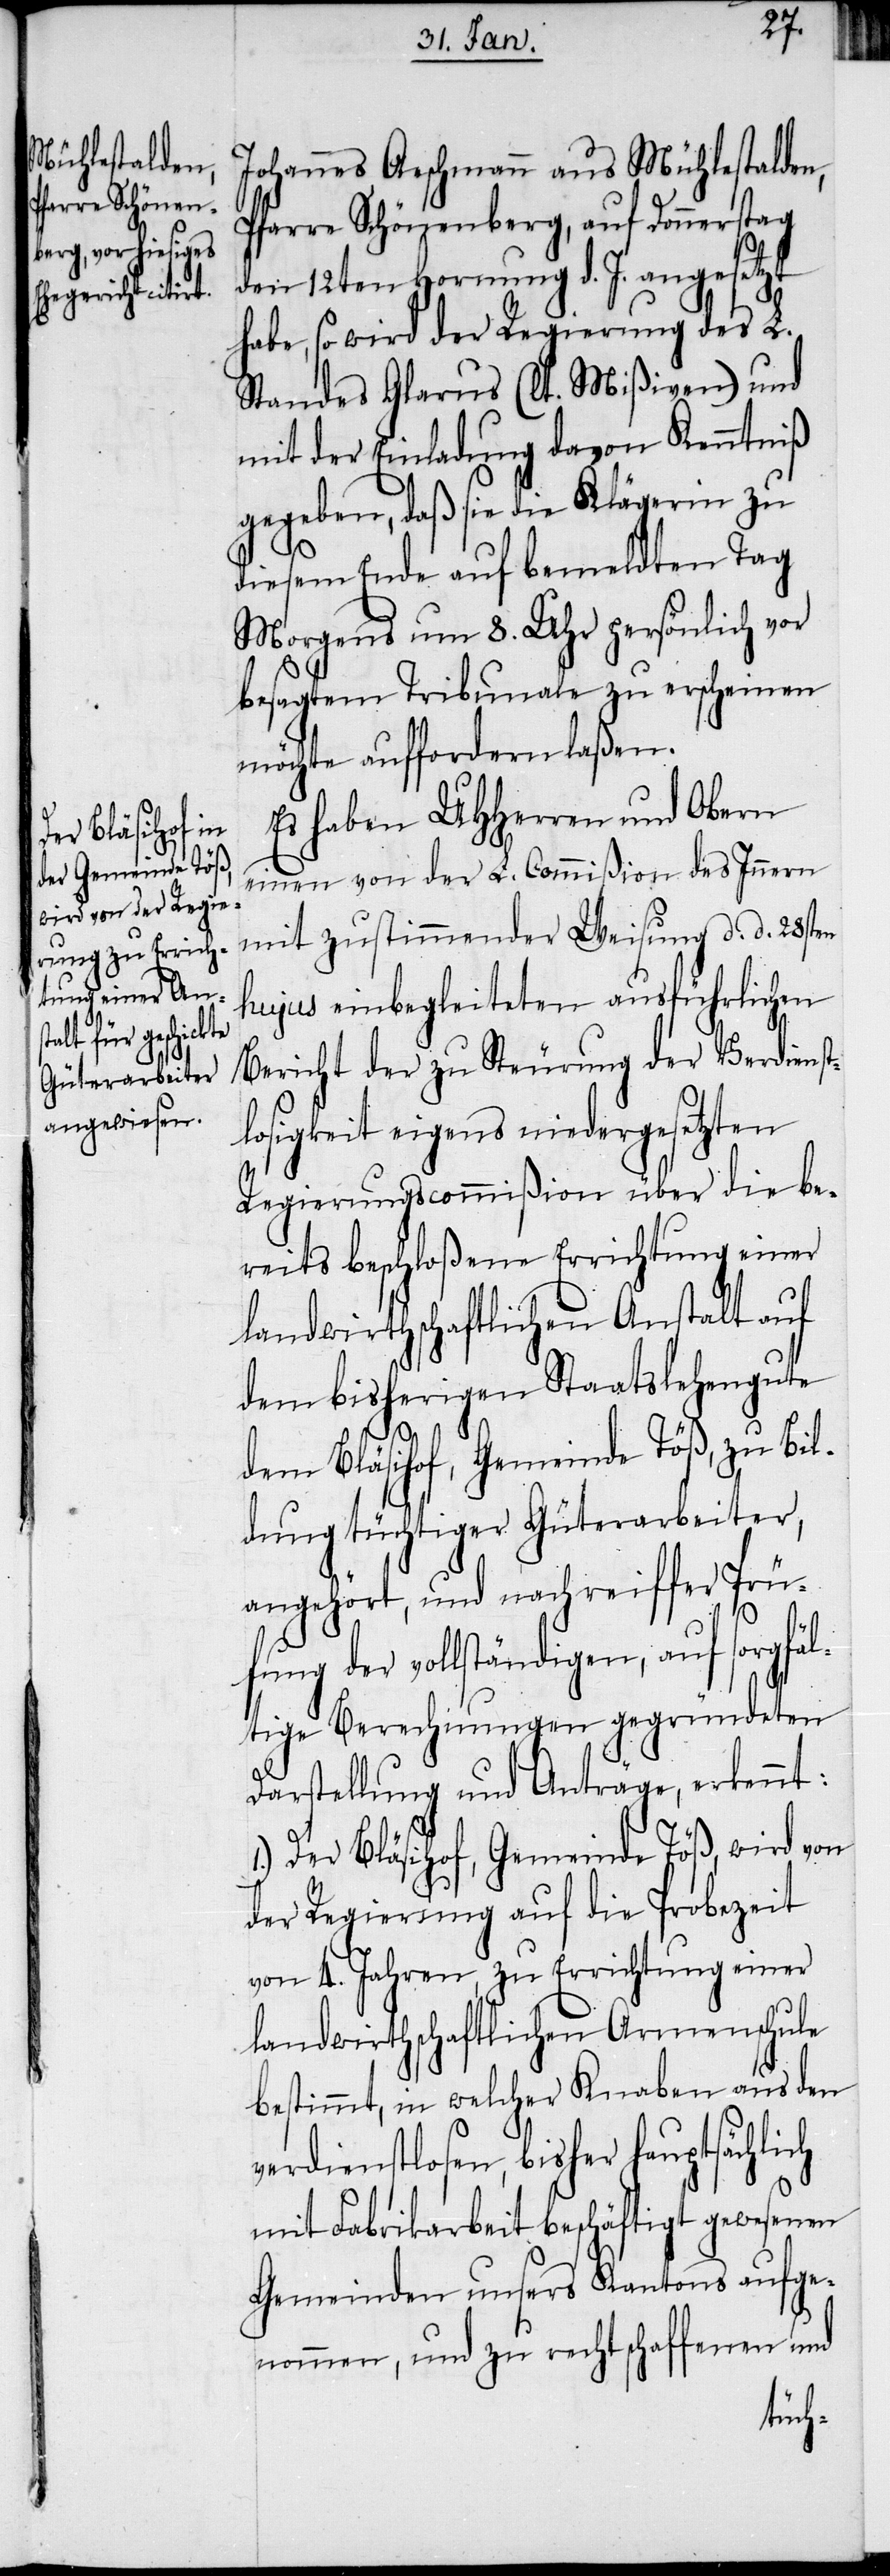
Johannes Aeschmann aus Mühlestalden,
Pfarre Schönenberg, auf Donnerstag
den 12ten Hornung d. J. angesetzt
habe, so wird der Regierung des L.
Standes Glarus (lt. Mißiven) und
mit der Einladung davon Kenntniß
gegeben, daß sie die Klägerin zu
diesem Ende auf bemeldten Tag
Morgens um 8. Uhr persönlich vor
besagtem Tribunale zu erscheinen
möchte auffordern laßen.
Es haben UHHerren und Obern
einen von der L. Commißion des Innern
mit zustimmender Weisung d. d. 28sten
hujus einbegleiteten ausführlichen
Bericht der zu Steurung der Verdienst¬
losigkeit eigens niedergesetzten
Regierungscommißion über die be¬
reits beschloßene Errichtung einer
landwirthschaftlichen Anstalt auf
dem bisherigen Staatslehengute
dem Bläsihof, Gemeinde Töß, zu Bil¬
dung tüchtiger Güterarbeiter,
angehört, und nach reiffer Prü¬
fung der vollständigen, auf sorgfä¬
ltige Berechnungen gegründeten
Darstellung und Anträge, erkennt:
1.) Der Bläsihof, Gemeinde Töß, wird von
der Regierung auf die Probezeit
von 4. Jahren, zu Errichtung einer
landwirthschaftlichen Armenschule
bestimmt, in welcher Knaben aus den
verdienstlosen, bisher hauptsächlich
mit Fabrikarbeit beschäftigt gewesenen
Gemeinden unsers Kantons aufge¬
nommen, und zu rechtschaffenen und